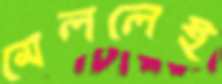
মেললেই